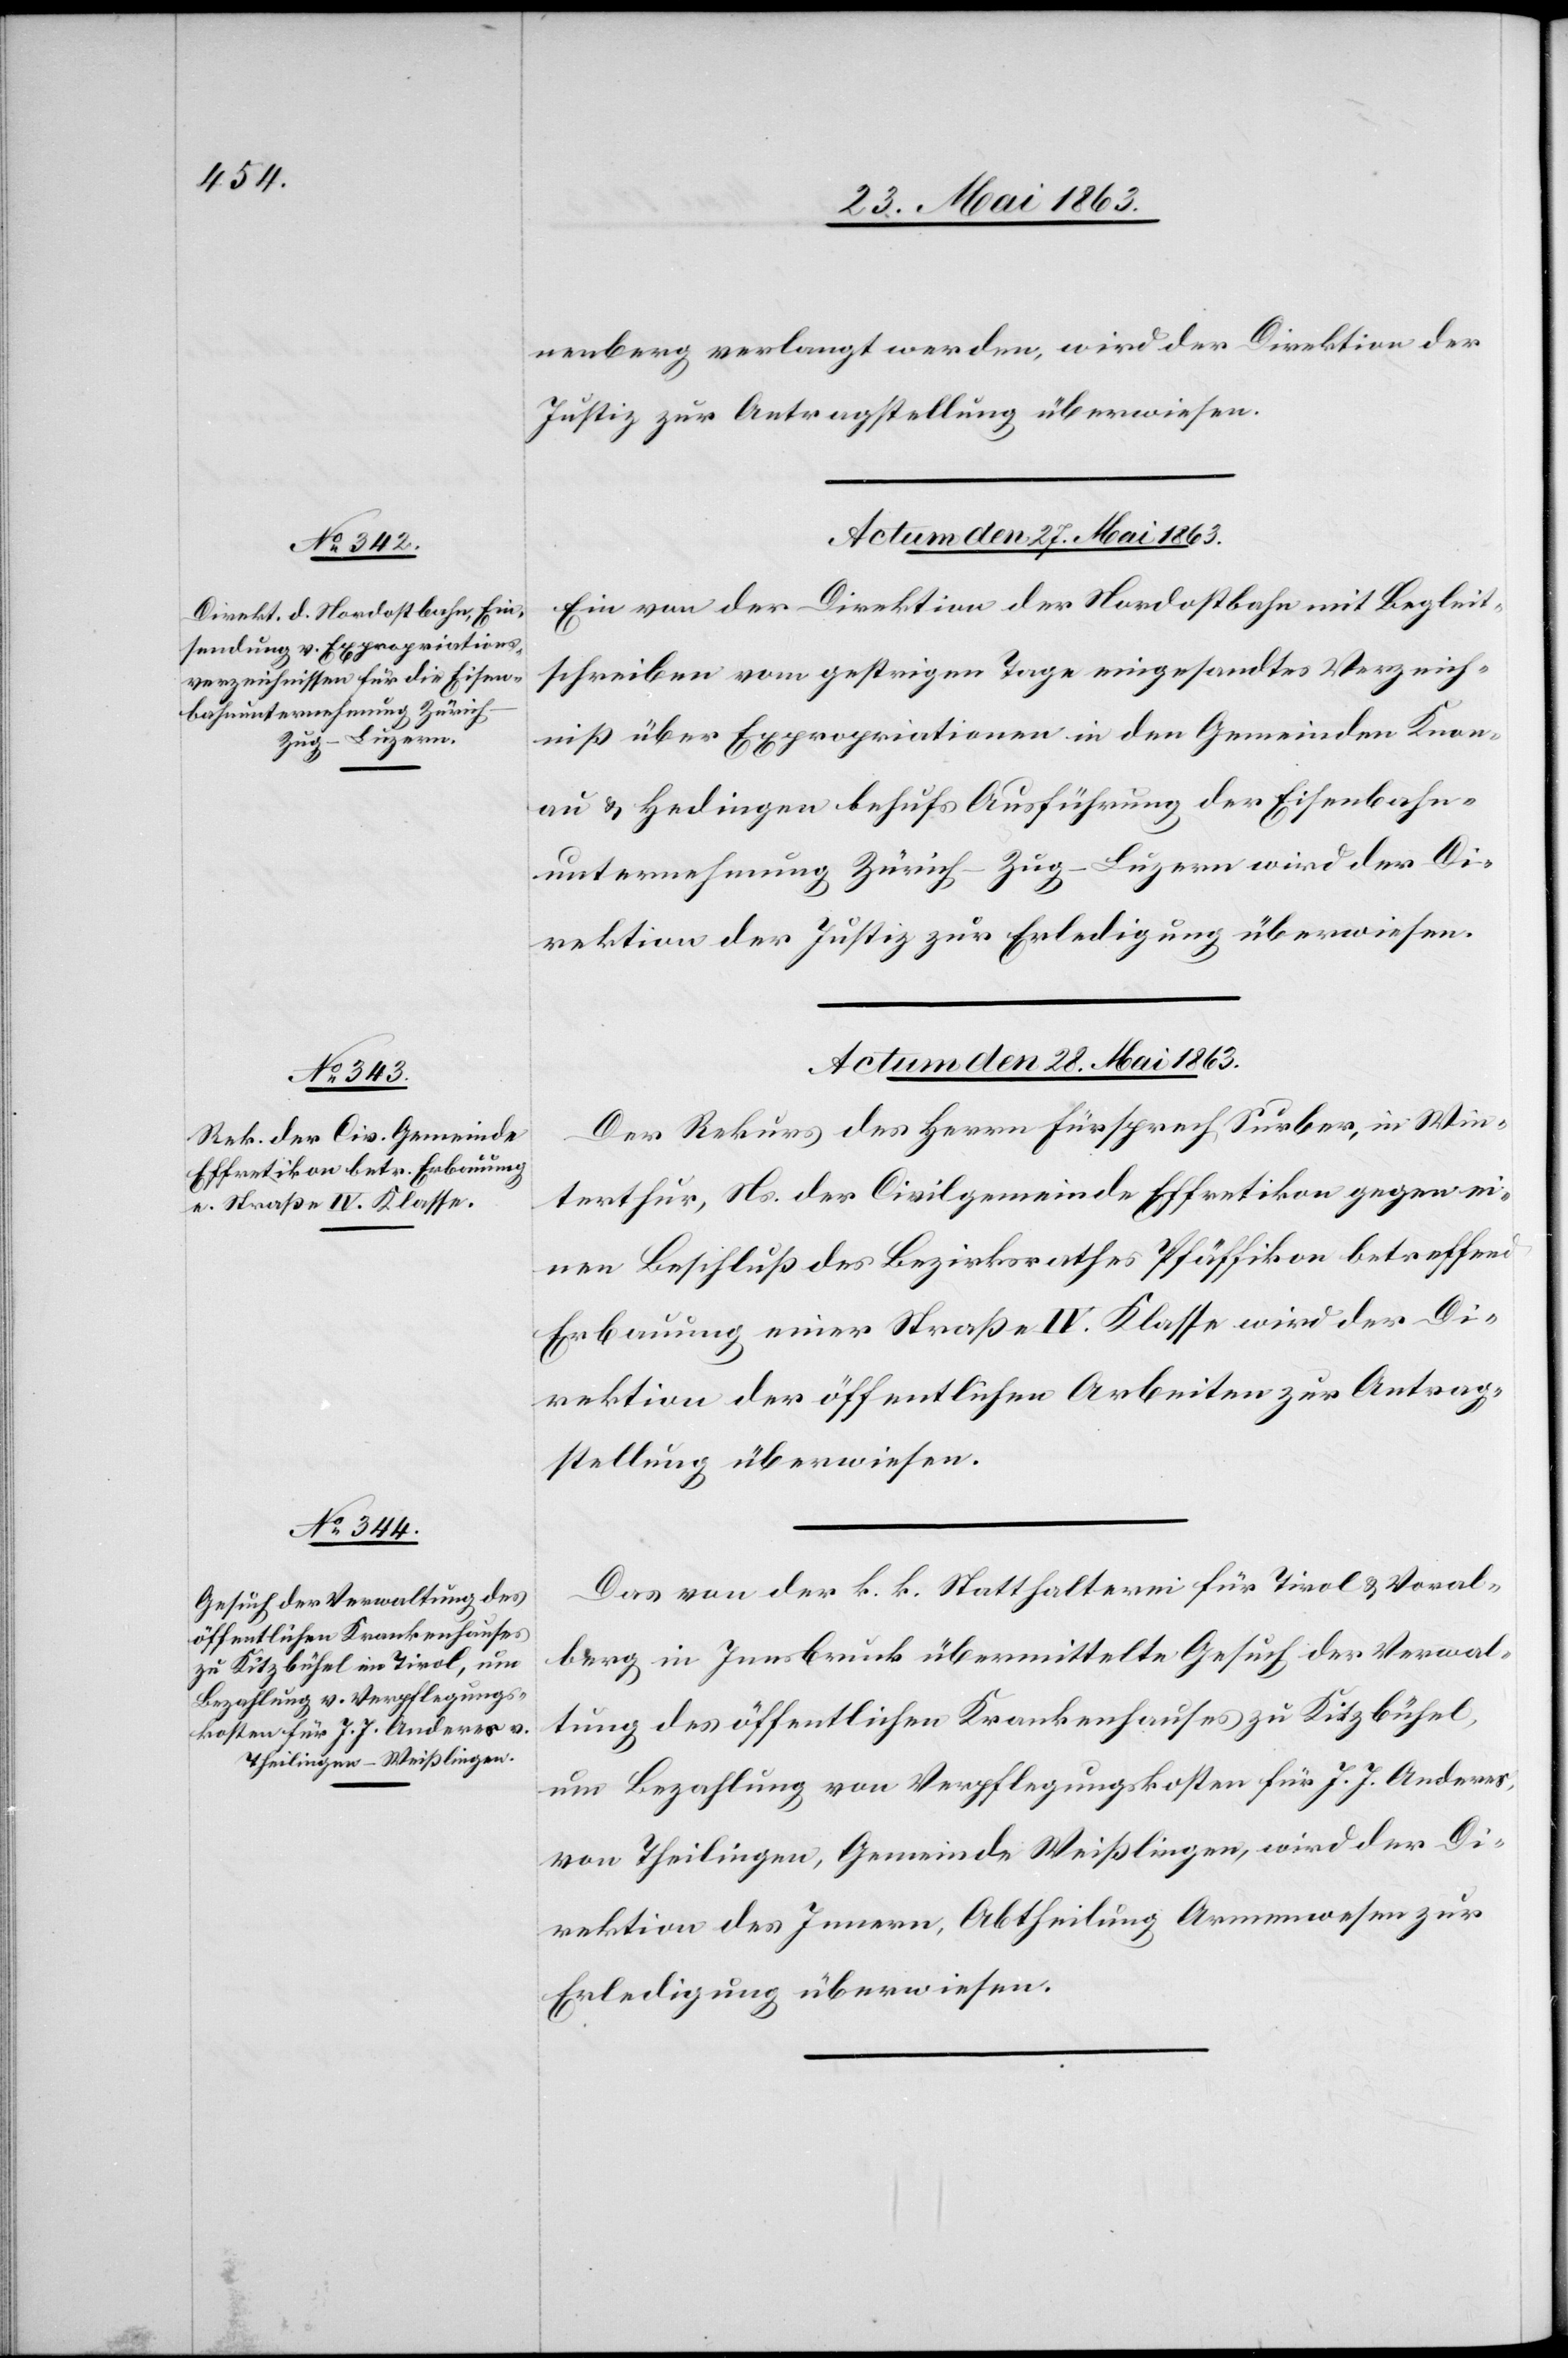
nenberg verlangt werden, wird der Direktion der
Justiz zur Antragstellung überwiesen.
Actum den 28. Mai 1863.]
Ein von der Direktion der Nordostbahn mit Begleit¬
schreiben vom gestrigen Tage eingesandtes Verzeich¬
niß über Expropriationen in den Gemeinden Knon¬
au & Hedingen behufs Ausführung der Eisenbahn¬
unternehmung Zürich–Zug–Luzern wird der Di¬
rektion der Justiz zur Erledigung überwiesen.
Actum den 28. Mai 1863.
Der Rekurs des Herrn Fürsprech Surber, in Win¬
terthur, Ns. der Civilgemeinde Effretikon gegen ei¬
nen Beschluß des Bezirksrathes Pfäffikon betreffend
Erbauung einer Straße IV. Klasse wird der Di¬
rektion der öffentlichen Arbeiten zur Antrag¬
stellung überwiesen.
Das von der k. k. Statthalterei für Tirol & Voral¬
berg [sic!] in Innsbruck übermittelte Gesuch der Verwal¬
tung des öffentlichen Krankenhauses zu Kitzbühel,
um Bezahlung von Verpflegungskosten für J. J. Anderes,
von Theilingen, Gemeinde Weißlingen, wird der Di¬
rektion des Innern, Abtheilung Armenwesen zur
Erledigung überwiesen.